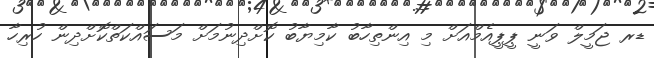
ޑރ ޖަމީލް ވަނީ ޕީޕީއެމްއަށް މި އިންތިހާބު ކާމިޔާބު ކޮށްދިނުމަށް މަސައްކަތްކޮށްދިން ހުރިހާ